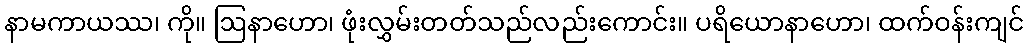
နာမကာယဿ၊ ကို။ ဩနာဟော၊ ဖုံးလွှမ်းတတ်သည်လည်းကောင်း။ ပရိယောနာဟော၊ ထက်ဝန်းကျင်